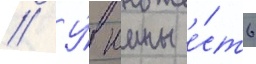
// У́ юины е́сть